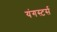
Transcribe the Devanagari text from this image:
यंगस्टर्स